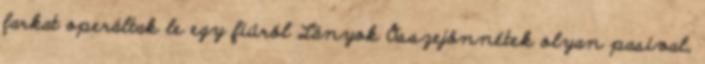
farkat operáltak le egy fiúról Lányok Összejönnétek olyan pasival,